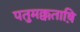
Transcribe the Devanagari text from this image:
पतुमक्कताष़ि